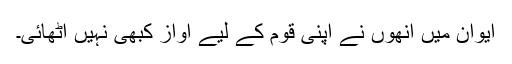
ایوان میں انھوں نے اپنی قوم کے لیے آواز کبھی نہیں اٹھائی۔